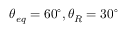
{ \theta _ { e q } } = 6 0 ^ { \circ } , { \theta _ { R } } = 3 0 ^ { \circ }